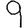
Digit: 9